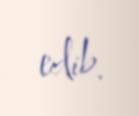
edib.